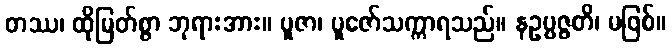
တဿ၊ ထိုမြတ်စွာ ဘုရားအား။ ပူဇာ၊ ပူဇော်သက္ကာရသည်။ နဥပ္ပဇ္ဇတိ၊ မဖြစ်။